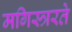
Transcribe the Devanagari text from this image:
मगिस्त्ररते